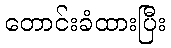
တောင်းခံထားပြီး